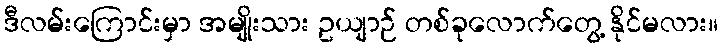
ဒီလမ်းကြောင်းမှာ အမျိုးသား ဥယျာဉ် တစ်ခုလောက်တွေ့ နိုင်မလား။